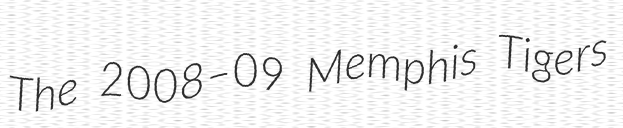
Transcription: The 2008–09 Memphis Tigers